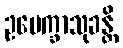
ဥပေက္ခာသုခန္တိ